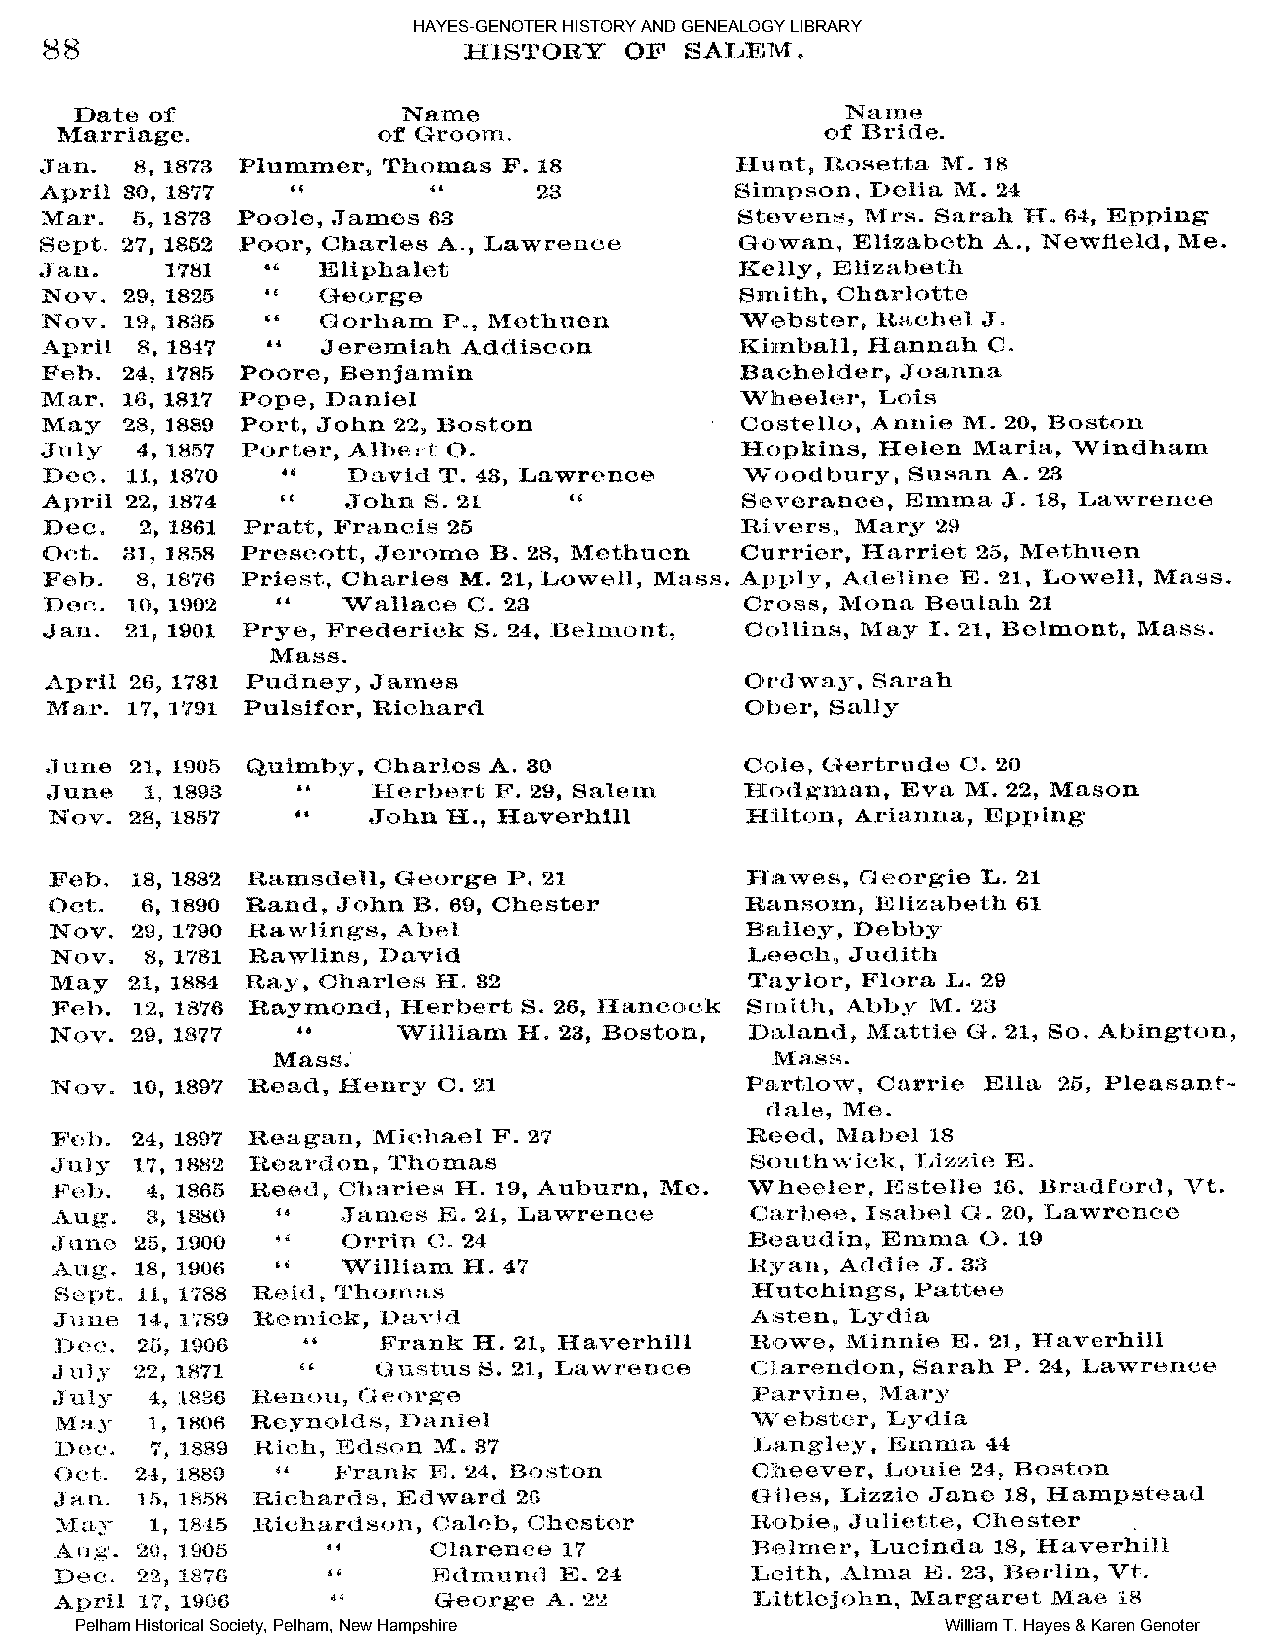
HAYES-GENOTER HISTORY AND GENEALOGY LIBRARY
 Pelham Historical Society, Pelham, New Hampshire          William T. Hayes & Karen Genoter